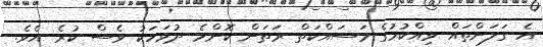
އެ ގަލަންތައް ވިއްކުމުގެ މަސައްކަތް ރަތަން ކޮންމެ ދުވަހަކު ވެސް ކުރެ އެވެ.